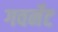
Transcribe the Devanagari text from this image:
गवर्नेट